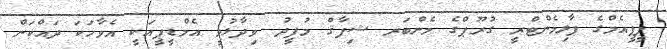
ޕީޕީއެމްގެ ޕާލިމެންޓްރީ ގުރޫޕްގެ މެންބަރ ޝިފާޤް މުފީދު ވިދާޅުވީ އެމްޑީޕީއަކީ އެވާހަކަ ދައްކަން